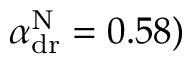
\alpha _ { \mathrm { d r } } ^ { \mathrm { N } } = 0 . 5 8 )